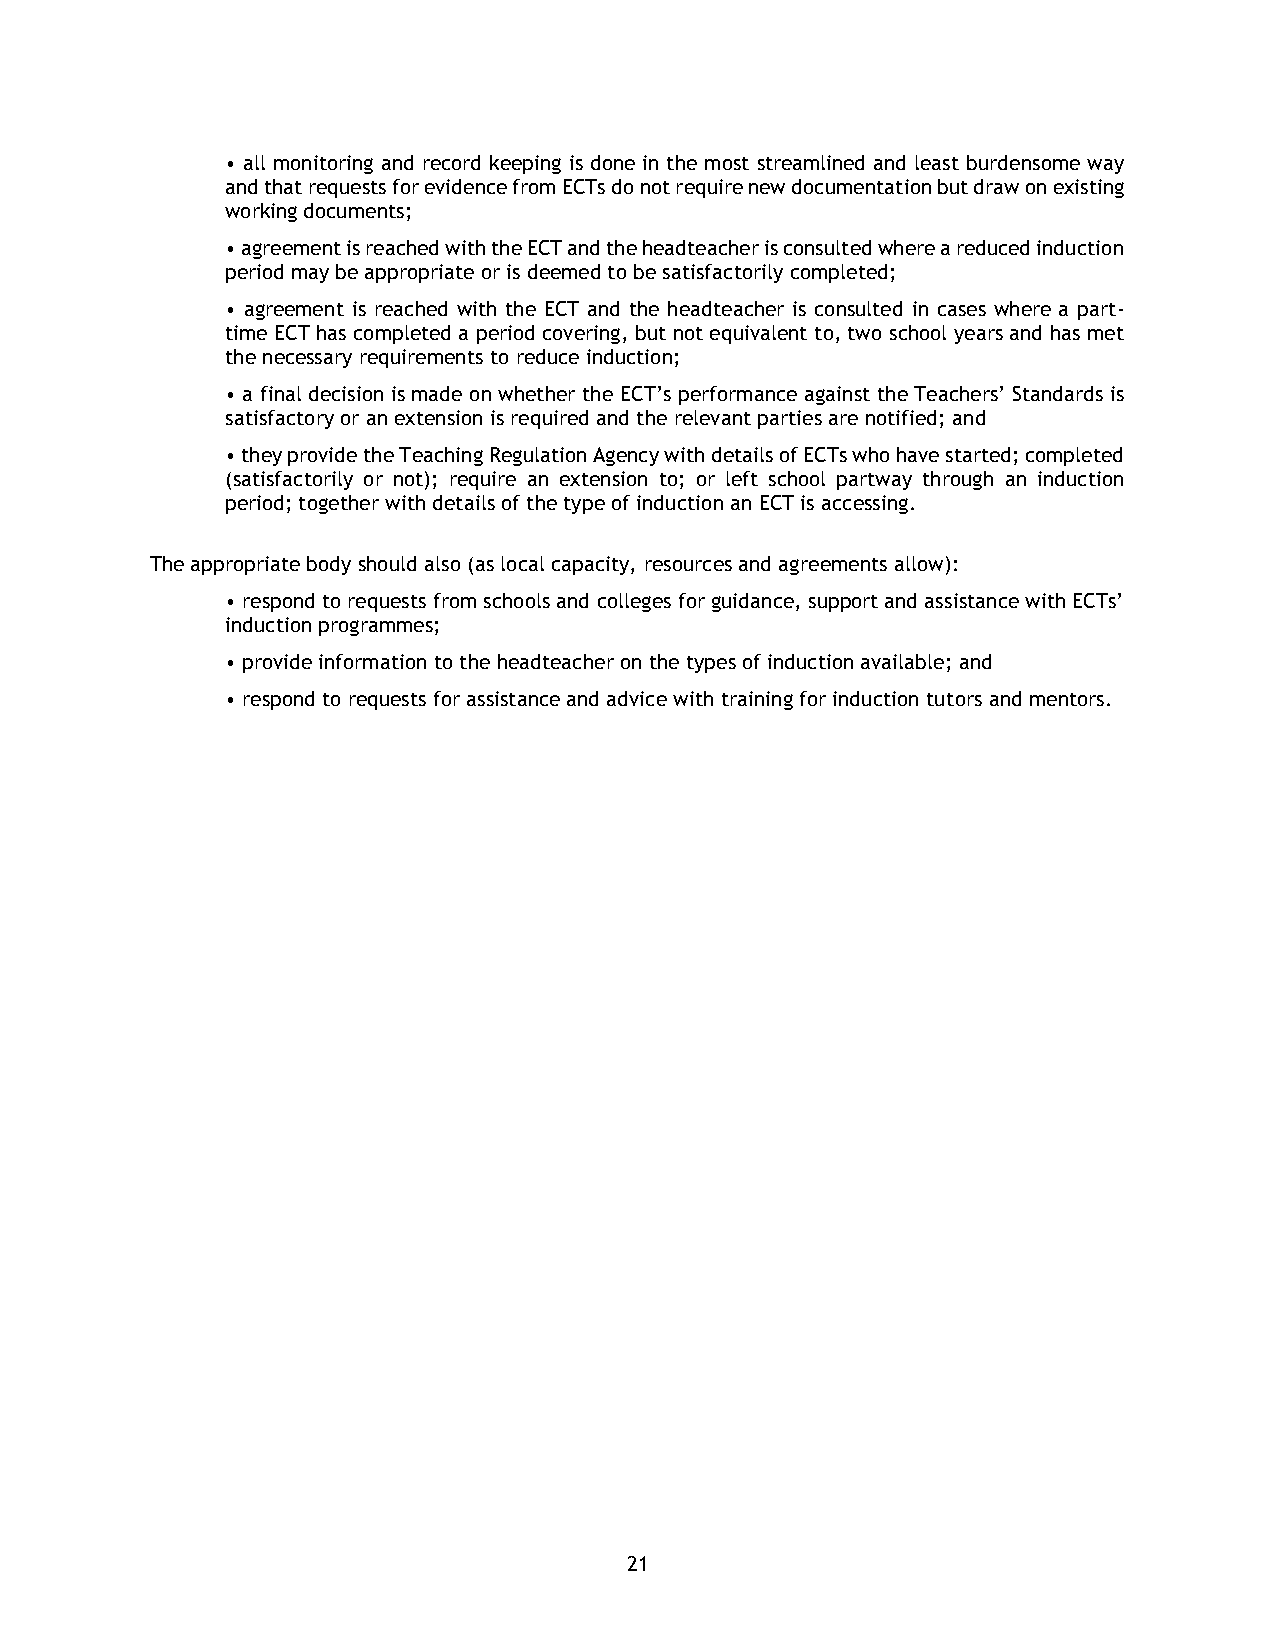
• all monitoring and record keeping is done in the most streamlined and least burdensome way
 and that requests for evidence from ECTs do not require new documentation but draw on existing
 working documents;
 • agreement is reached with the ECT and the headteacher is consulted where a reduced induction
 period may be appropriate or is deemed to be satisfactorily completed;
 • agreement is reached with the ECT and the headteacher is consulted in cases where a part-
 time ECT has completed a period covering, but not equivalent to, two school years and has met
 the necessary requirements to reduce induction;
 • a final decision is made on whether the ECT’s performance against the Teachers’ Standards is
 satisfactory or an extension is required and the relevant parties are notified; and
 • they provide the Teaching Regulation Agency with details of ECTs who have started; completed
 (satisfactorily or not); require an extension to; or left school partway through an induction
 period; together with details of the type of induction an ECT is accessing.
 The appropriate body should also (as local capacity, resources and agreements allow):
 • respond to requests from schools and colleges for guidance, support and assistance with ECTs’
 induction programmes;
 • provide information to the headteacher on the types of induction available; and
 • respond to requests for assistance and advice with training for induction tutors and mentors.
 21